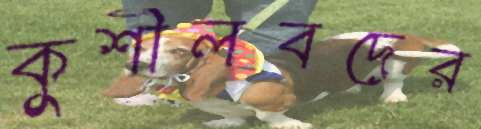
কুশীলবদের